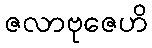
ဇလာဗုဇေဟိ